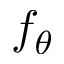
f _ { \theta }